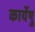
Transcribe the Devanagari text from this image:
कार्येषु